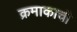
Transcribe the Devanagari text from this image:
क्रमाकाची